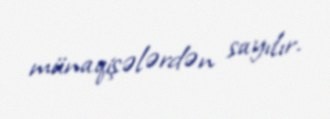
münaqişələrdən sayılır.